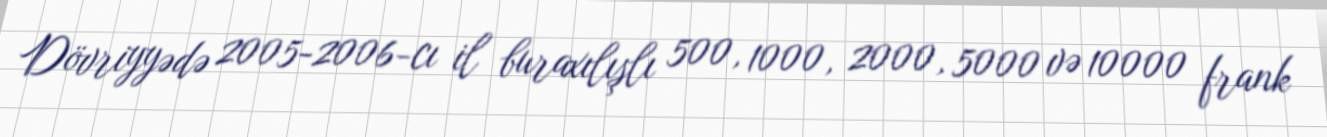
Dövriyyədə 2005-2006-cı il buraxılışlı 500, 1000, 2000, 5000 və 10000 frank